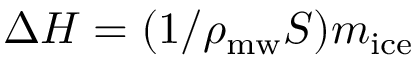
\Delta H = ( 1 / \rho _ { \mathrm { m w } } S ) m _ { \mathrm { i c e } }